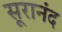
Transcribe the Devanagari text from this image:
सूरानंद